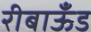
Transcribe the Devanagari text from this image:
रीबाऊँड